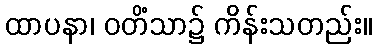
ထာပနာ၊ ဝတိံသာ၌ ကိန်းသတည်း။